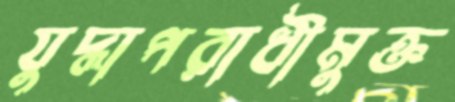
যুদ্ধাপরাধীমুক্ত